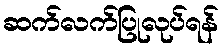
ဆက်လက်ပြုလုပ်ရန်